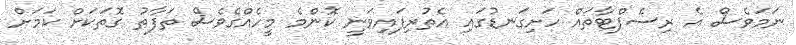
ނަމަވެސް އެ ރިސެޕްޓާތައް ހަށިގަނޑުގައި އެތުރިފައިވަނީ ކޮންމެ މީހެއްގެވެސް ތަފާތު ގޮތަކަށް ކަމަށް